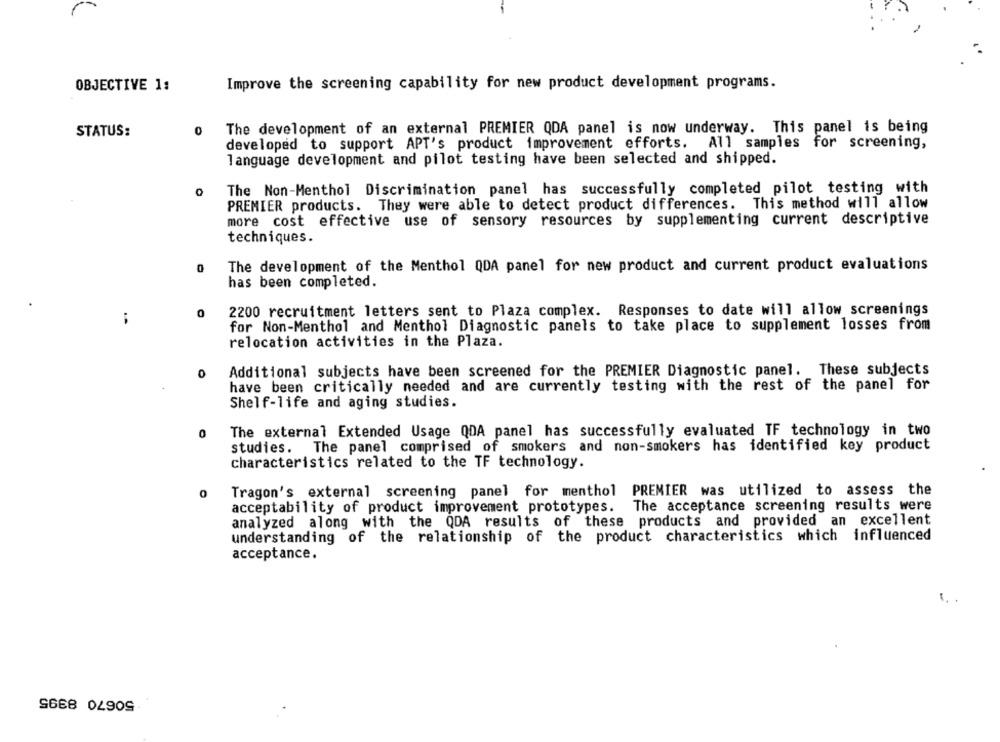
OBJECTIVE 1:
Improve the screening capability for new product development programs.
STATUS:
0
The development of an external PREMIER QDA panel is now underway. This panel is being
developed to support APT's product improvement efforts.
All samples for screening,
language development and pilot testing have been selected and shipped.
The Non-Menthol Discrimination panel has successfully completed pilot testing with
PREMIER products. They were able to detect product differences. This method will allow
more cost effective use of sensory resources by supplementing current descriptive
techniques.
0
The development of the Menthol QDA panel for new product and current product evaluations
has been completed.
2200 recruitment letters sent to Plaza complex. Responses to date will allow screenings
0
for Non-Menthol and Menthol Diagnostic panels to take place to supplement losses from
relocation activities in the Plaza.
Additional subjects have been screened for the PREMIER Diagnostic panel. These subjects
have been critically needed and are currently testing with the rest of the panel for
Shelf-life and aging studies.
0
The external Extended Usage QDA panel has successfully evaluated TF technology in two
studies. The panel comprised of smokers and non-smokers has identified key product
characteristics related to the TF technology.
0
Tragon's external screening panel for menthol PREMIER was utilized to assess the
acceptability of product improvement prototypes. The acceptance screening results were
analyzed along with the QDA results of these products and provided an excellent
understanding of the relationship of the product characteristics which influenced
acceptance.
SGE8 04909